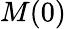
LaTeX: M(0)